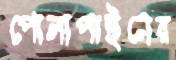
পোলাপাইনের